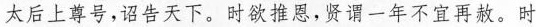
太后上尊号，诏告天下。时欲推思，贤谓一年不宜再赦。时